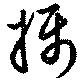
摂